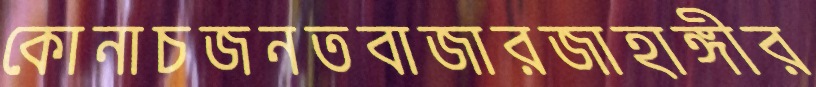
কোনাচজনতবাজারজাহাঙ্গীর